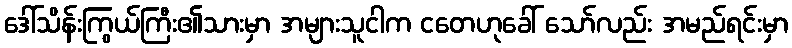
ဒေါ်သိန်းကြွယ်ကြီး၏သားမှာ အများသူငါက ငတေဟုခေါ် သော်လည်း အမည်ရင်းမှာ